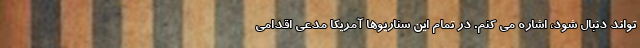
تواند دنبال شود، اشاره می کنم. در تمام این سناریوها آمریکا مدعی اقدامی